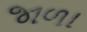
જાળા